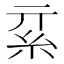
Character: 𥾟